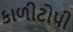
કાળીટોપી